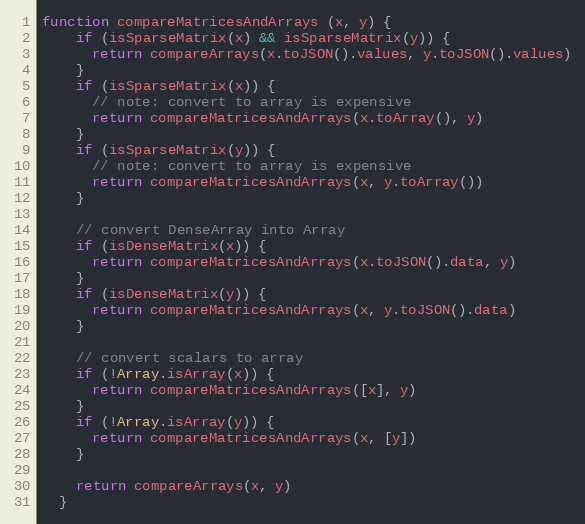
Language: JavaScript
function compareMatricesAndArrays (x, y) {
    if (isSparseMatrix(x) && isSparseMatrix(y)) {
      return compareArrays(x.toJSON().values, y.toJSON().values)
    }
    if (isSparseMatrix(x)) {
      // note: convert to array is expensive
      return compareMatricesAndArrays(x.toArray(), y)
    }
    if (isSparseMatrix(y)) {
      // note: convert to array is expensive
      return compareMatricesAndArrays(x, y.toArray())
    }

    // convert DenseArray into Array
    if (isDenseMatrix(x)) {
      return compareMatricesAndArrays(x.toJSON().data, y)
    }
    if (isDenseMatrix(y)) {
      return compareMatricesAndArrays(x, y.toJSON().data)
    }

    // convert scalars to array
    if (!Array.isArray(x)) {
      return compareMatricesAndArrays([x], y)
    }
    if (!Array.isArray(y)) {
      return compareMatricesAndArrays(x, [y])
    }

    return compareArrays(x, y)
  }